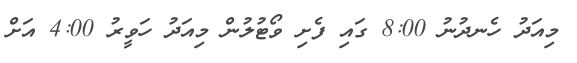
މިއަދު ހެނދުނު 8:00 ގައި ފެށި ވޯޓުލުން މިއަދު ހަވީރު 4:00 އަށް